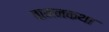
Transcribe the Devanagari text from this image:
वामनकथा